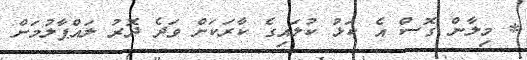
* މިލާން ގޮސް އެ ކަޅު ކުލައިގެ ކާރަކަށް ވަދެ ދޮރު ލައްޕާލުމަށް